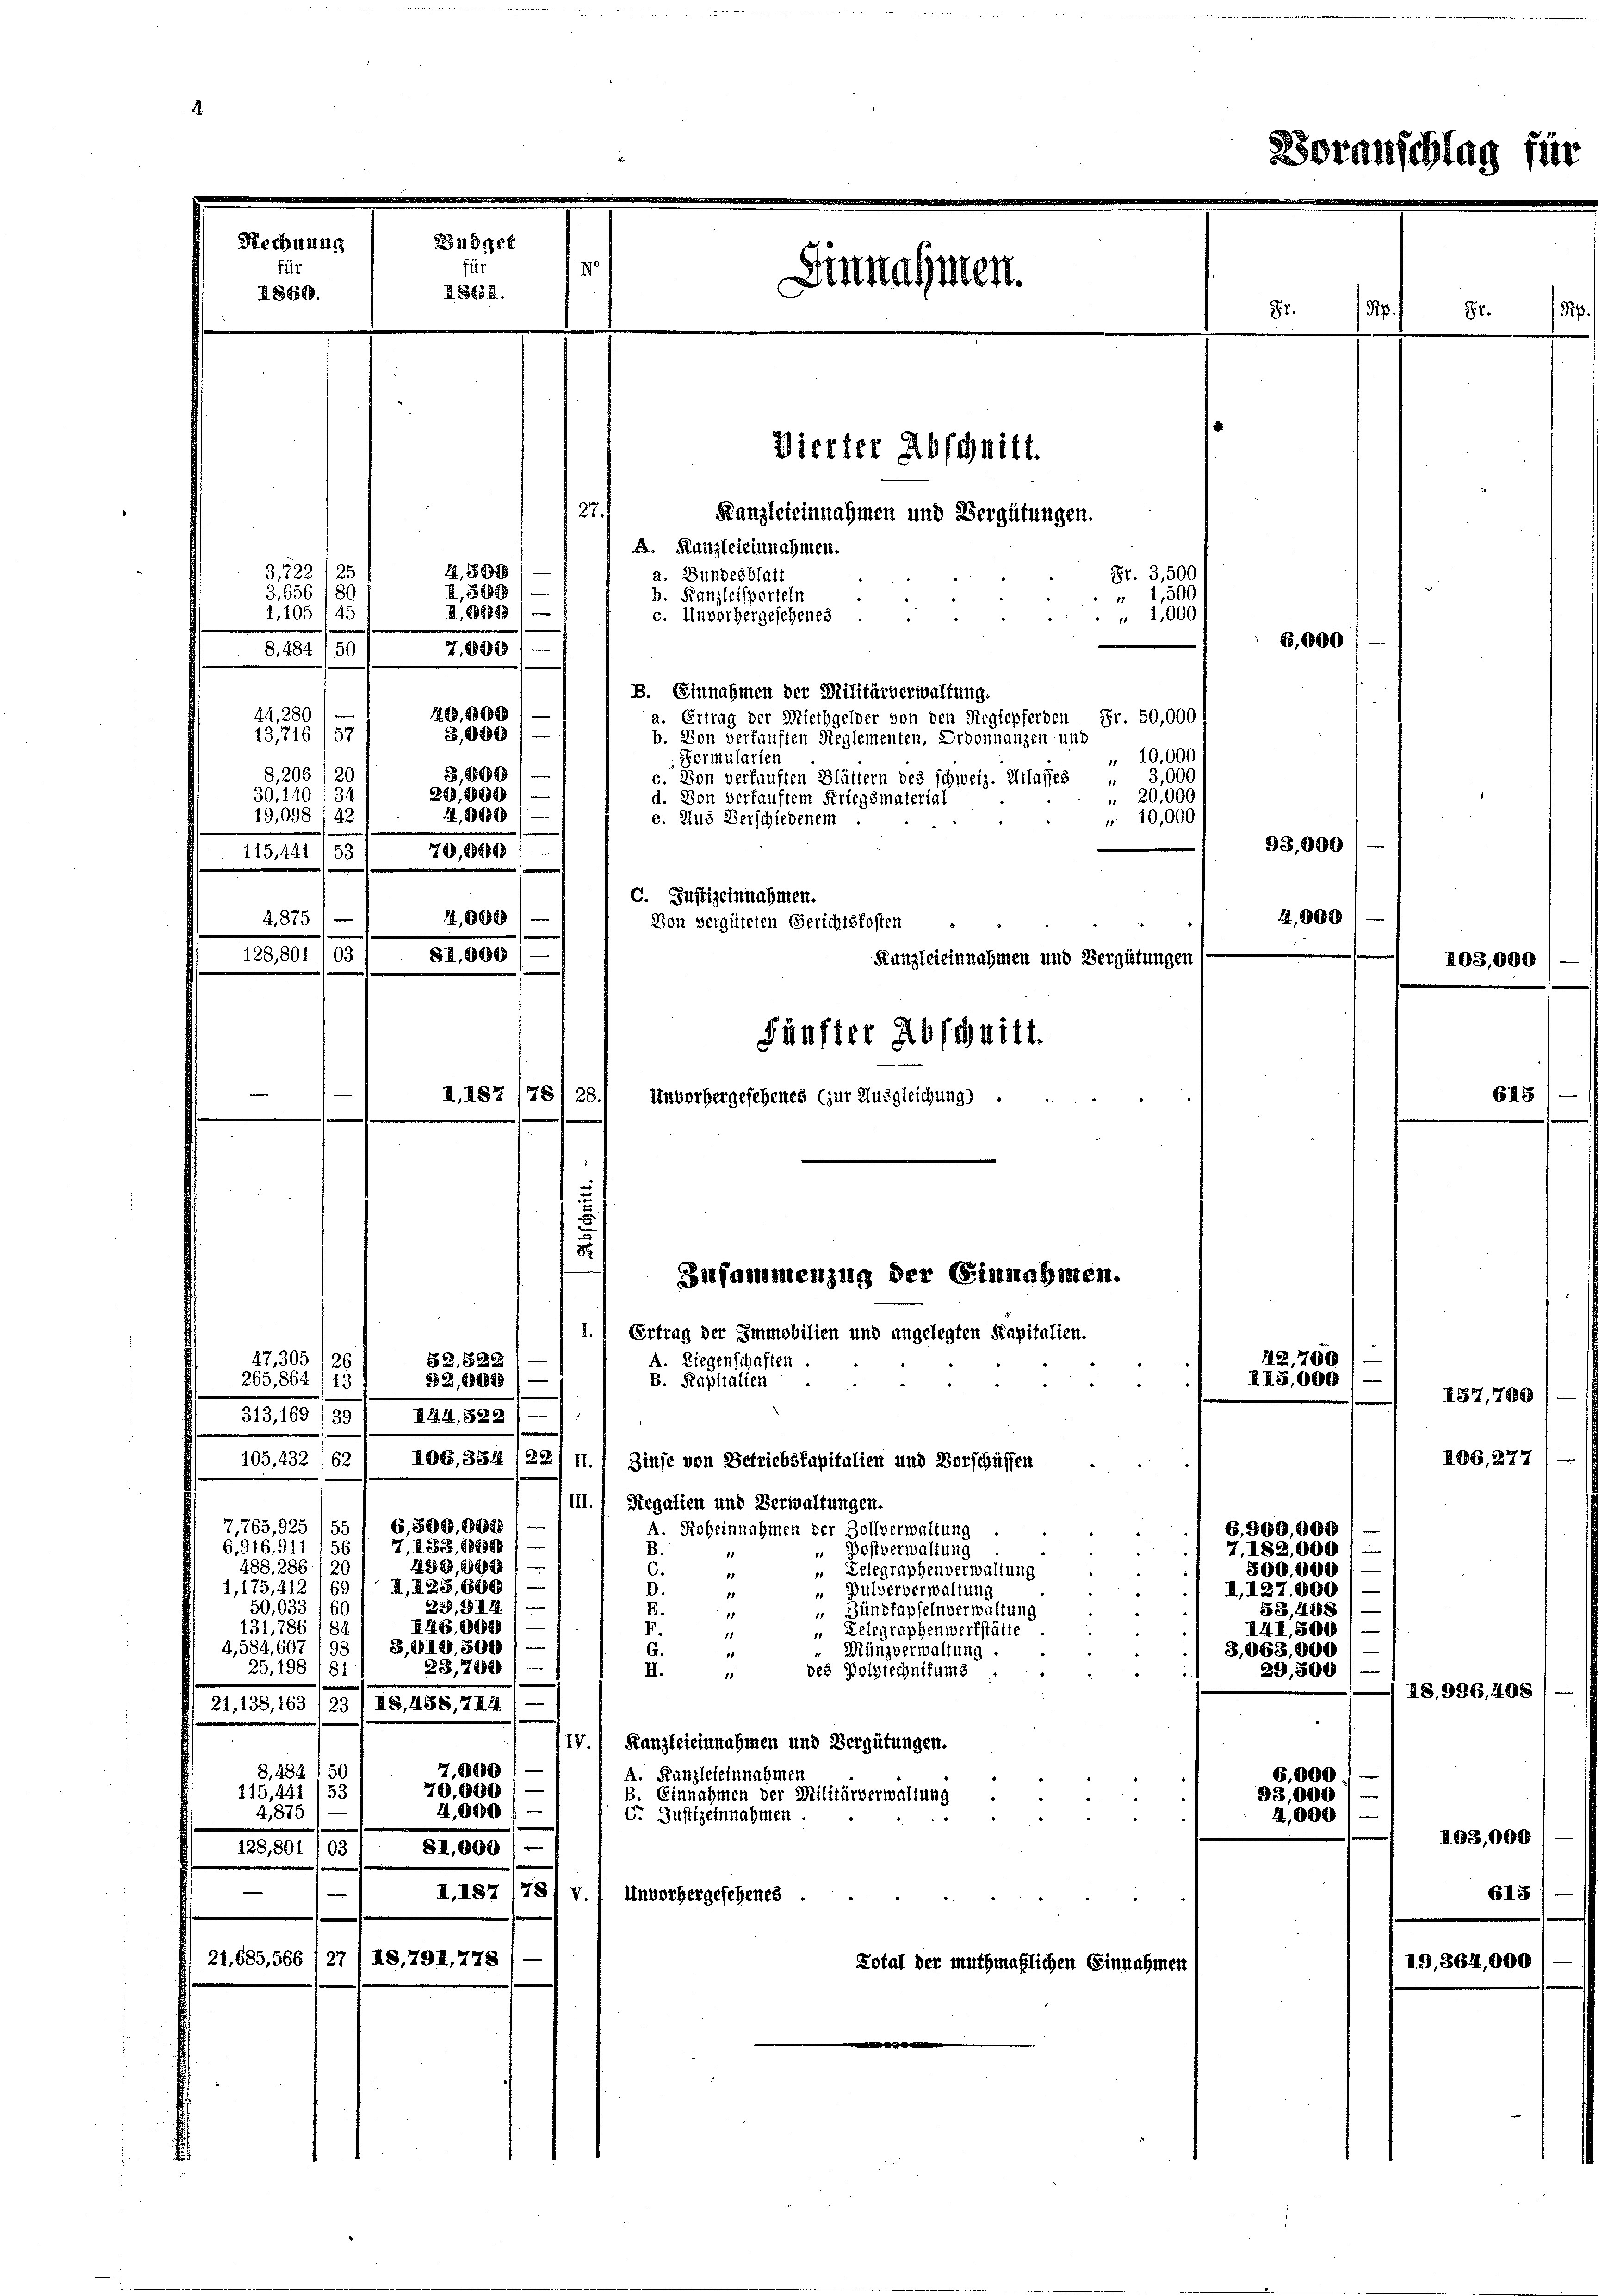
Büdget
Rechnung
für
für
I62.
I868.

Vierter Abschnitt.
3,722/25
3,656 (80
1.105 (45
8,484 50
44, 280
13,716/57
8, 206 (20
30,140, 34
19,098/42
115,441 / 53
4. 875
128,801 103
I, 187 (78/25.,
Unvorhergesehenes (zur Ausgleichung)
Zusammenzug der Einnahmen.
d.
Ertrag der Immobilien und angelegten Kapitalien.
47,305/26
A. Liegenschaften
82,6522
265,864 (13
B. Kapitalien
32,000)
313100/185/III. 1899/
105,432 162 / Mog,354 /221 f.) Zinse von Betriebskapitalien und Vorschüssen

b. Kanzleisporteln
c. Unvorhergesehenes

Einnahmen.

7,765,925 (55 I 6,500,000.
6,916,911 156 1 7, 133,000
 Postverwaltung
1256, 86898/
488, 286 (2
 Lelegraphenverwaltung
II, 128,600
1,175, 412 (69
 Pulververwaltung
229, 344
50,033/ 60
Zundfapfeln verwaltung
RHB.000 / —
131,786 1 84
I.
" Lelegraphenwerkstätte
11
4,584,607 (9§ 1 8,040. 500 /.
Münzverwaltung
G.
1
23,700
25. 198 /81
des Polytechnikums
II.
17.
21. 13,163/23/ 18. 255, 1441
1IV.) Kanzleieinnahmen und Vergütungen.
7,000
8. 484 1 50
A. Kanzleieinnahmen
70,000
115,441 (53
B. Einnahmen der Militärverwaltung
4,000 f —
4,875
G. Justizeinnahmen
3
SI,000'
128,801 103
II.187 (78' v.) Unvorhergesehenes
21. 685,566 (27/18,791. 778
Total der muthmaßlichen Ei

27.
Kanzleieinnahmen und Vergütungen.
A. Kanzleieinnahmen.
a. Bundesblatt
Fr. 3,500
" 1,500
I,885)
" 1,000.
7,000
B. Einnahmen der Militärverwaltung.
40,000
a. Ertrag der Miethgelder von den Reglepferden Fr. 50,000 f
3,000
b. Von verkauften Reglementen, Ordonnanzen und
" 10,000
Formularien
3,000
c. Von verkauften Blättern des schweiz. Hilasses
3,000
20,000) —
" 20,000
d. Von verkauftem Kriegsmaterial
4,000
" 10,000
e. Aus Verschiedenem
70,000
c. Justizeinnahmen.
14,0881—
Von vergüteten Gerichtskosten
SI,000
Kanzleieinnahmen und Vergütungen
Fünfter Abschnitt.

14,8000
I,5048

III.) Regalien und Verwaltungen.
A. Roheinnahmen der Zollverwaltung
B.
C.
11
D.
.
B.
.

3
87.

42, 7
II5.000

6.
93,
4

6,000

93,000
4,000

88

G,900,000
7. 182,000
500,000
I,127,000
53,448/
III, 500
3,063,000
29,500

103,

187,700
IDB,277

IB,936. 401

d. 9, 364,

103,000
618